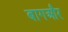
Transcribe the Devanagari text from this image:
बागऔर